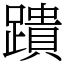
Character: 蹪